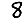
Digit: 8